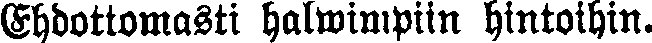
Ehdottomasti halwimpiin hintoihin.